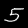
Digit: 5